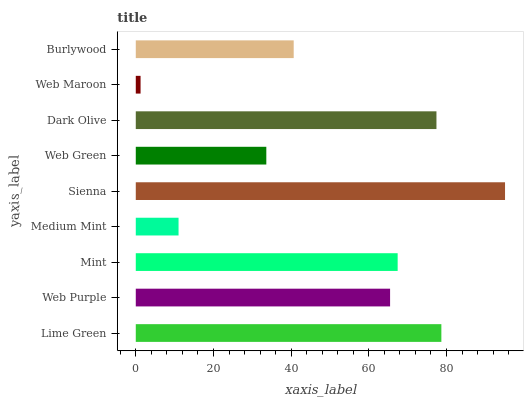
| yaxis_label | bars |
 | --- | --- |
 | Lime Green | 78.7 |
 | Web Purple | 65.5 |
 | Mint | 67.4 |
 | Medium Mint | 11 |
 | Sienna | 95.1 |
 | Web Green | 33.6 |
 | Dark Olive | 77.4 |
 | Web Maroon | 1.23 |
 | Burlywood | 40.7 |